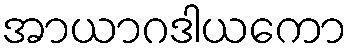
အာယာဂဒါယကော